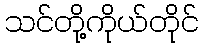
သင်တို့ကိုယ်တိုင်